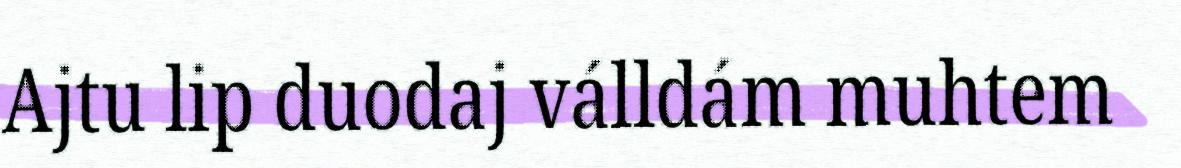
Ajtu lip duodaj válldám muhtem